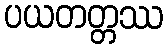
ပယတတ္တဿ